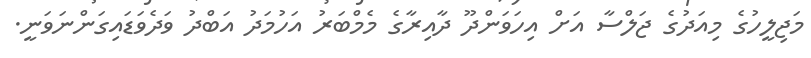
މަޖިލީހުގެ މިއަދުގެ ޖަލްސާ އަށް އިހަވަންދޫ ދާއިރާގެ މެމްބަރު އަހުމަދު އަބްދު ވަދެވަޑައިގަންނަވަނީ.